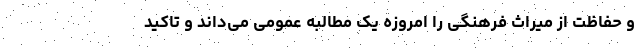
و حفاظت از میراث فرهنگی را امروزه یک مطالبه عمومی می‌داند و تاکید